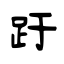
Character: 趶